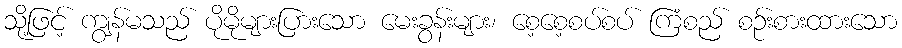
သို့ဖြင့် ကျွန်မသည် ပိုမိုများပြားသော မေးခွန်းများ၊ စေ့စေ့စပ်စပ် ကြံစည် စဉ်းစားထားသော